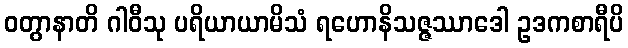
ဝတွာနာတိ ဂါဝီသု ပရိယာယာမိသံ ရဟောနိသဇ္ဇဿာဒေါ ဥဒကစာရီပိ